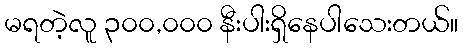
မရတဲ့လူ ၃၀၀,၀၀၀ နီးပါးရှိနေပါသေးတယ်။